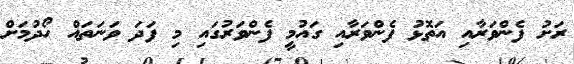
ރަށު ފެންވަރާއި އަތޮޅު ފެންވަރާއި ގައުމީ ފެންވަރުގައި މި ފަދަ ވަނަތައް ހޯދުމަށް